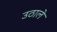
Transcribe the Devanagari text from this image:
उठाले